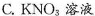
C.KNO_{3}溶液